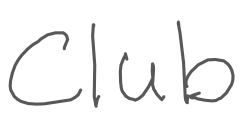
Text: Club
Cross-out: clean
Writing tool: digital_gray